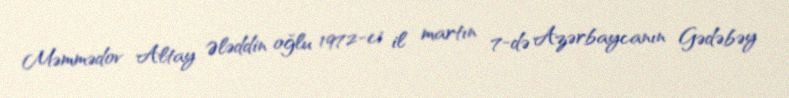
Məmmədov Altay Ələddin oğlu 1972-ci il martın 7-də Azərbaycanın Gədəbəy